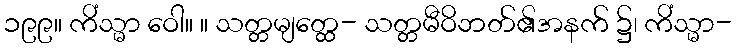
၁၉၉။ ကိံသ္မာ ဝေါ။ ။ သတ္တမျတ္ထေ- သတ္တမီဝိဘတ်၏အနက် ၌၊ ကိံသ္မာ-